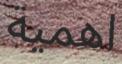
اھمية